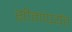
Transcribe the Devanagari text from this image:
सीमांपर्यंत